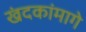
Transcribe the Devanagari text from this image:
खंदकांमागे